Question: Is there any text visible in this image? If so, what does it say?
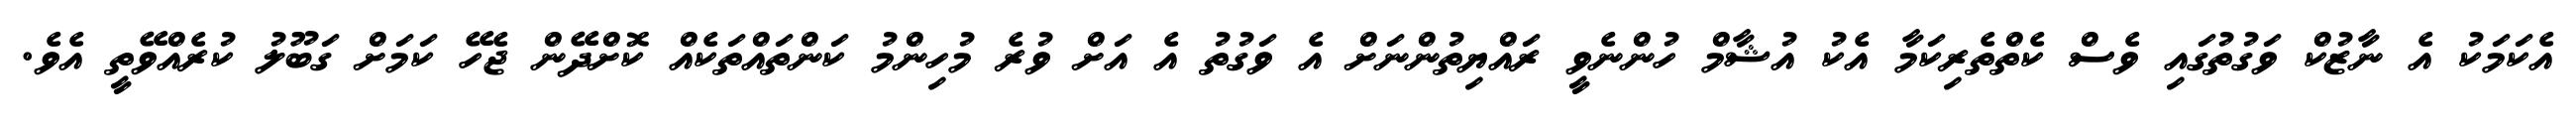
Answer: އެކަމަކު އެ ނާޒުކް ވަގުތުގައި ވެސް ކެތްތެރިކަމާ އެކު އުޝާމް ހުންނެވީ ރައްޔިތުންނަށް އެ ވަގުތު އެ އަށް ވުރެ މުހިންމު ކަންތައްތަކެއް ކޮށްދޭން ޖެހޭ ކަމަށް ގަބޫލު ކުރެއްވޭތީ އެވެ.